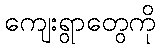
ကျေးရွာတွေကို